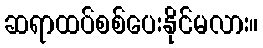
ဆရာထပ်စစ်ပေးနိုင်မလား။